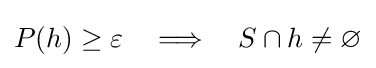
P(h)\geq \varepsilon \quad \Longrightarrow \quad S\cap h\neq \varnothing